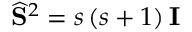
\widehat { \mathbf { S } } ^ { 2 } = s \left( s + 1 \right) \mathbf { I }